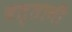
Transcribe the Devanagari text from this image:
बत्तानी